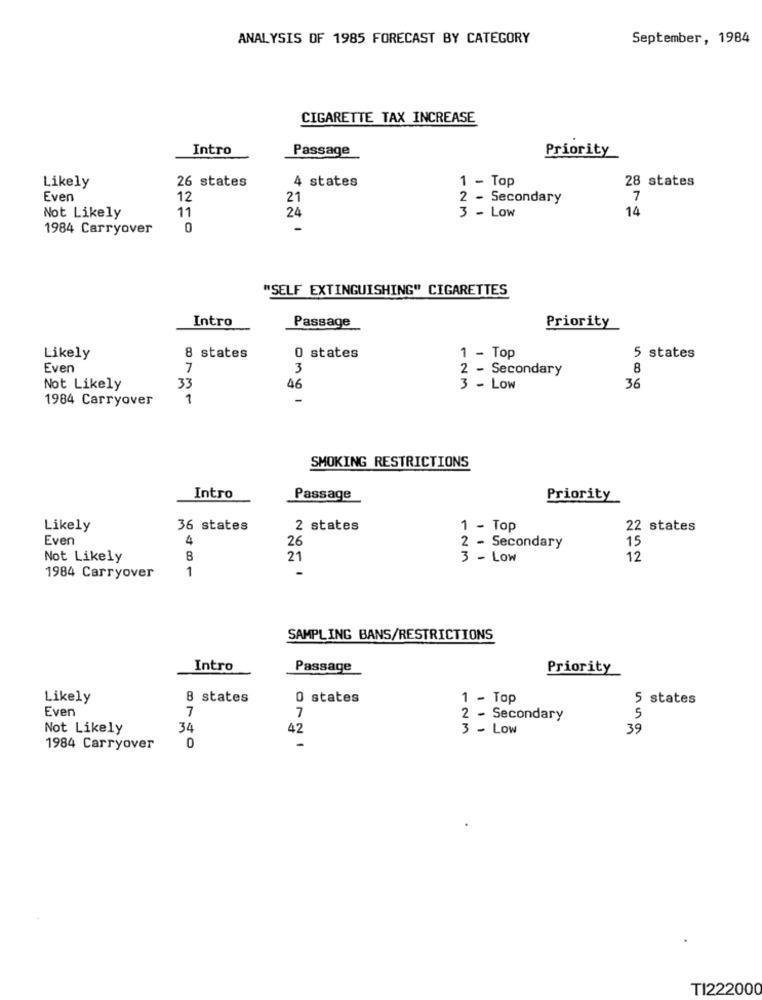
ANALYSIS OF 1985 FORECAST BY CATEGORY
September, 1984
CIGARETTE TAX INCREASE
Intro
Passage
Priority
26 states
4 states
1 - Top
28 states
Likely
Even
12
21
2 - Secondary
7
11
14
Not Likely
24
3 - LOW
1984 Carryover
0
-
"SELF EXTINGUISHING" CIGARETTES
Intro
Passage
Priority
Likely
8 states
0 states
1 - Top
5 states
Even
7
3
2 - Secondary
8
Not Likely
33
46
3 - Low
36
1984 Carryover
1
-
SMOKING RESTRICTIONS
Intro
Passage
Priority
Likely
36 states
2 states
1 - Top
22 states
Even
4
26
2 - Secondary
15
Not Likely
8
21
3 - LOW
12
1
1984 Carryover
SAMPLING BANS/RESTRICTIONS
Intro
Passage
Priority
Likely
8 states
0 states
1 - Top
5 states
Even
7
5
7
2 - Secondary
Not Likely
34
42
3 - Low
39
1984 Carryover
0
TI222000